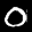
Label: 0